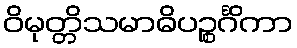
ဝိမုတ္တိသမာဓိပဉ္စင်္ဂိကာ